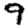
Digit: 9